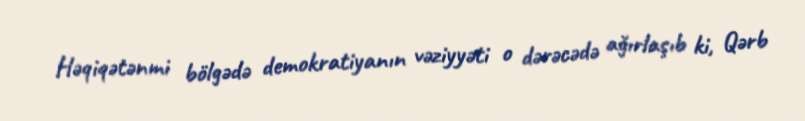
Həqiqətənmi bölgədə demokratiyanın vəziyyəti o dərəcədə ağırlaşıb ki, Qərb